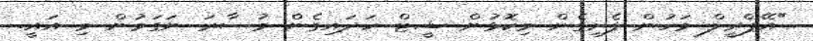
"އޭޕްރީލް މަހުން ފެށިގެން މިކޮޅުން ޝީޓް ހަދައިގެން މުސާރަ ނަގަމުން މި އައީ.